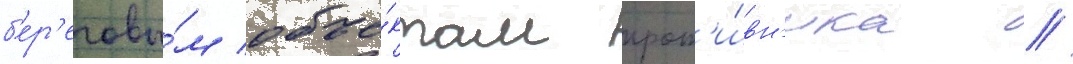
б'ер'еговы́м объе́ктам прот'и́вн'ика //